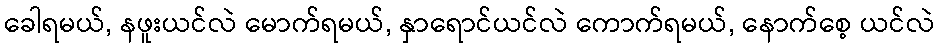
ခေါရမယ်, နဖူးယင်လဲ မောက်ရမယ်, နှာရောင်ယင်လဲ ကောက်ရမယ်, နောက်စေ့ ယင်လဲ